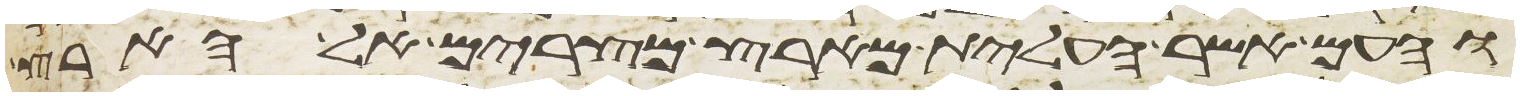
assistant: והעם אשר העלית מארץ מצרים אל הארץ